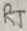
Text: RT